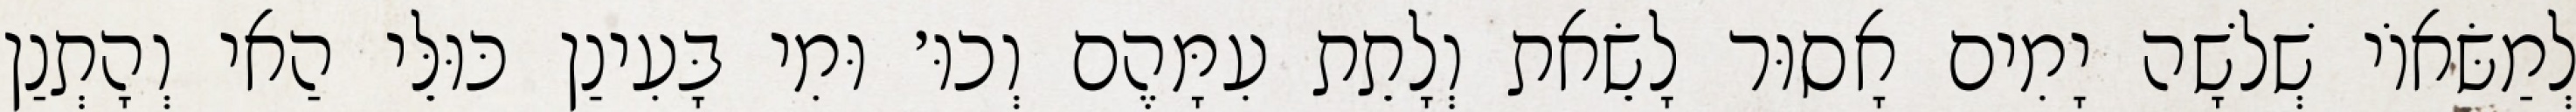
לְמַשּׂאוֹי שְׁלֹשָׁה יָמִים אָסוּר לָשֵׂאת וְלָתֵת עִמָּהֶם וְכוּ׳ וּמִי בָּעִינַן כּוּלֵּי הַאי וְהָתְנַן